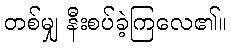
တစ်မျှ နီးစပ်ခဲ့ကြလေ၏။